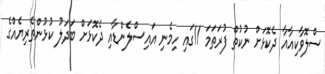
ސްލޮވާކިއާއާ ދެކޮޅަށް ނުކުތް ފުރަތަމަ 11ގައި ހިމެނި އައިސްލެންޑާއި ދެކޮޅަށް ބަދަލު ކުޅުންތެރިޔެއްގެ